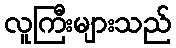
လူကြီးများသည်